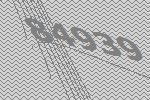
84939